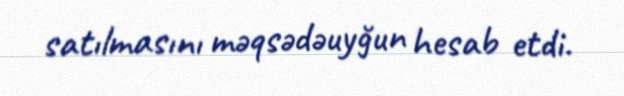
satılmasını məqsədəuyğun hesab etdi.